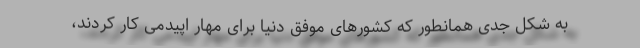
به شکل جدی همانطور که کشورهای موفق دنیا برای مهار اپیدمی کار کردند،